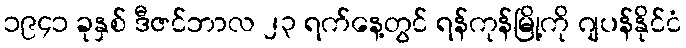
၁၉၄၁ ခုနှစ် ဒီဇင်ဘာလ ၂၃ ရက်နေ့တွင် ရန်ကုန်မြို့ကို ဂျပန်နိုင်ငံ